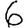
Digit: 6